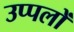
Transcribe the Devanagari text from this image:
उप्पलों